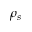
\rho _ { s }